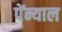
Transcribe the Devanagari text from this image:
पेंन्याल